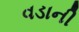
વડાની